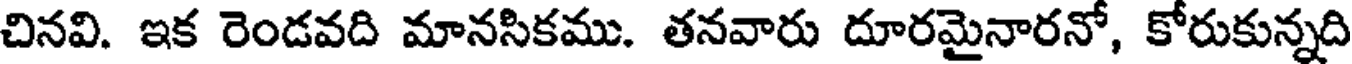
చినవి. ఇక రెండవది మానసికము. తనవారు దూరమైనారనో, కోరుకున్నది